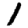
Digit: 1